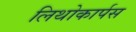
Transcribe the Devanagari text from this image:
लिथोकार्पस